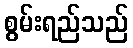
စွမ်းရည်သည်